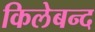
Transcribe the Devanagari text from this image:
किलेबन्द